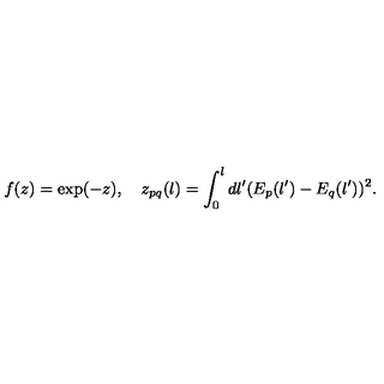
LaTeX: f ( z ) = \exp ( - z ) , \quad z _ { p q } ( l ) = \int _ { 0 } ^ { l } d l ^ { \prime } ( E _ { p } ( l ^ { \prime } ) - E _ { q } ( l ^ { \prime } ) ) ^ { 2 } .